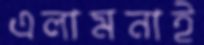
এলামনাই